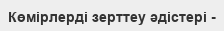
Көмірлерді зерттеу әдістері -